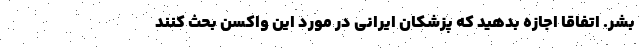
بشر. اتفاقا اجازه بدهید که پزشکان ایرانی در مورد این واکسن بحث کنند